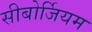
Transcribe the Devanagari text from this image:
सीबोर्जियम